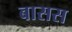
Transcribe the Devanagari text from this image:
बासस